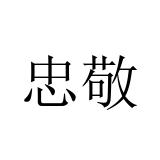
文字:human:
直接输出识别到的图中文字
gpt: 忠敬